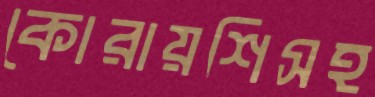
কোরায়শিসহ